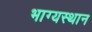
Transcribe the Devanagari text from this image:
भाग्यस्थान